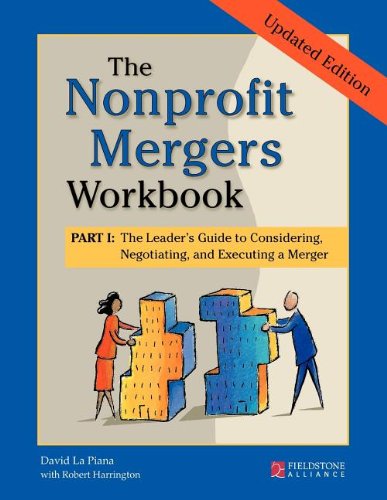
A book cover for The Nonprofit Mergers Part I: The Leader's Guide to Considering, Negotiating, and Executing a Merger; David La Piana; Business & Money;